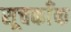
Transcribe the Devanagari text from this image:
सूचकाँक